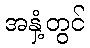
အနှံ့တွင်